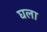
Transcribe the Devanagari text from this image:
घला